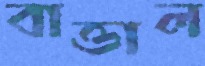
বাত্তাল